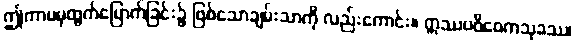
ဤကာမမှထွက်မြောက်ခြင်း၌ ဖြစ်သောချမ်းသာကို လည်းကောင်း။ ဣဿပဝိဝေကသုခဿ၊